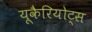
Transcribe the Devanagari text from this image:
यूकैरियोट्स